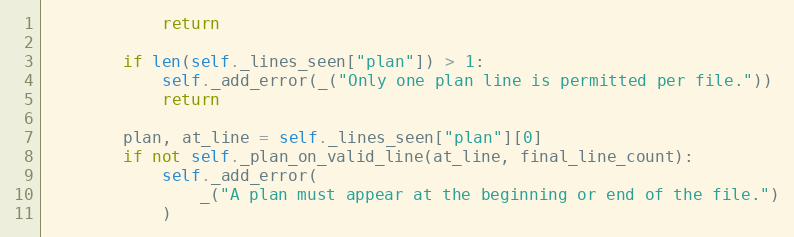
Language: Python
            return

        if len(self._lines_seen["plan"]) > 1:
            self._add_error(_("Only one plan line is permitted per file."))
            return

        plan, at_line = self._lines_seen["plan"][0]
        if not self._plan_on_valid_line(at_line, final_line_count):
            self._add_error(
                _("A plan must appear at the beginning or end of the file.")
            )